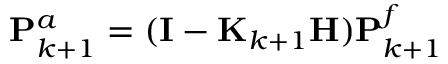
\mathbf { P } _ { k + 1 } ^ { a } = ( \mathbf { I } - \mathbf { K } _ { k + 1 } \mathbf { H } ) \mathbf { P } _ { k + 1 } ^ { f }